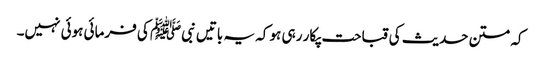
کہ متن حدیث کی قباحت پکار رہی ہو کہ یہ باتیں نبیﷺ کی فرمائی ہوئی نہیں۔